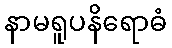
နာမရူပနိရောဓံ